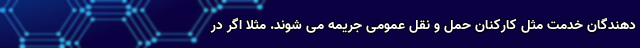
دهندگان خدمت مثل کارکنان حمل و نقل عمومی جریمه می شوند. مثلا اگر در